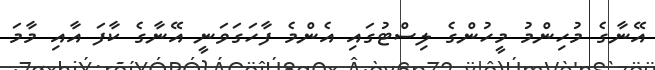
އޭނާގެ މުހިންމު މީހުންގެ ލިސްޓުގައި އެންމެ ފާހަގަވަނީ އޭނާގެ ކާފަ އާއި މާމަ